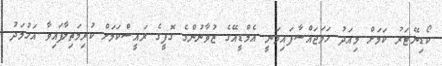
ކޯޑިނޭޓަރު ކަމަށް މިއަދު ހަމަޖައްސާފައިވަނީ އެމްޑީއޭގެ ޒުވާނުންގެ ގޮފީގެ ރައީސްކަމަށް ކުރިމަތިލާފައިވާ އަހުމަދު